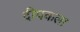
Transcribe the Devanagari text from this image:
दीपकला